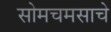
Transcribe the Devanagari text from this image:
सोमचमसाचे